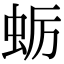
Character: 蛎